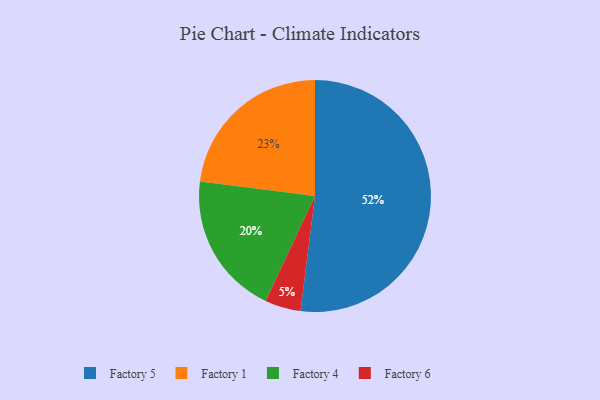
{"axis": {"x": "Category", "y": "Percentage"}, "legend": ["Factory 1", "Factory 4", "Factory 5", "Factory 6"], "data": [{"x": "Factory 4", "y": 20, "type": "Factory 4"}, {"x": "Factory 5", "y": 52, "type": "Factory 5"}, {"x": "Factory 6", "y": 5, "type": "Factory 6"}, {"x": "Factory 1", "y": 23, "type": "Factory 1"}]}